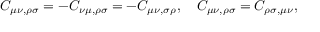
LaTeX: C _ { \mu \nu , \rho \sigma } = - C _ { \nu \mu , \rho \sigma } = - C _ { \mu \nu , \sigma \rho } , \quad C _ { \mu \nu , \rho \sigma } = C _ { \rho \sigma , \mu \nu } ,